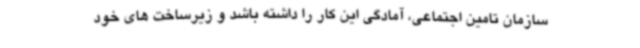
سازمان تامین اجتماعی، آمادگی این کار را داشته باشد و زیرساخت های خود